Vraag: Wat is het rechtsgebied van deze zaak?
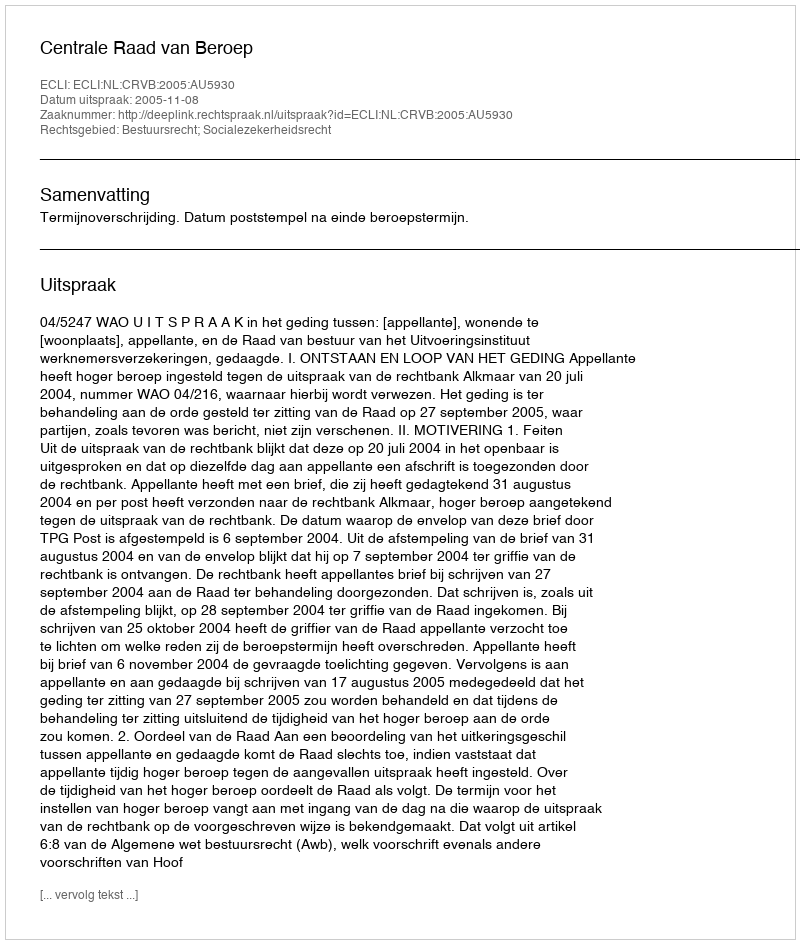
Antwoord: Bestuursrecht; Socialezekerheidsrecht